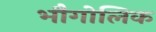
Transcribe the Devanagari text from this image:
भौगोलिक